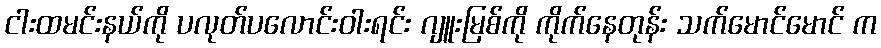
ငါးထမင်းနယ်ကို ပလုတ်ပလောင်းဝါးရင်း ဂျူးမြစ်ကို ကိုက်နေတုန်း သက်မောင်မောင် က